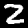
Digit: 2